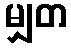
မျှတ